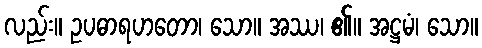
လည်း။ ဥပဓာရဟတော၊ သော။ အဿ၊ ၏။ အဋ္ဌမံ၊ သော။